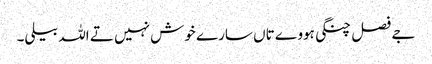
جے فصل چنگی ہووے تاں سارے خوش نہیں تے اللہ بیلی۔